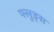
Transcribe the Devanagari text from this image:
फ्लुड्स